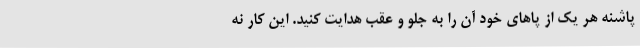
پاشنه هر یک از پاهای خود آن را به جلو و عقب هدایت کنید. این کار نه